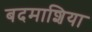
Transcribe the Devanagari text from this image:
बदमाशिया